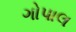
ગોપાલ